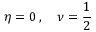
\eta = 0 \, , \quad \nu = { \frac { 1 } { 2 } }